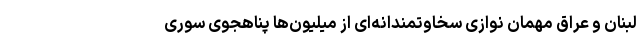
لبنان و عراق مهمان نوازی سخاوتمندانه‌ای از میلیون‌ها پناهجوی سوری